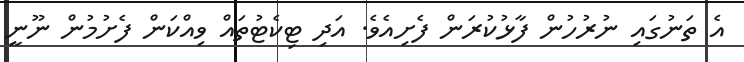
އެ ތަނުގައި ނުރުހުން ފާޅުކުރަން ފެށިއެވެ. އަދި ޓިކެޓުތައް ވިއްކަން ފެށުމުން ނޫނީ